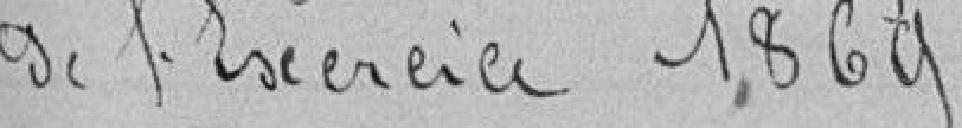
de l'Exercice 1869